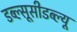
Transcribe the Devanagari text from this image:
डब्ल्सूसीडब्ल्यू